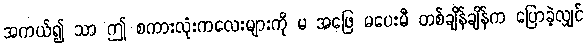
အကယ်၍ သာ ဤ စကားလုံးကလေးများကို မ အဖြေ မပေးမီ တစ်ချိန်ချိန်က ပြောခဲ့လျှင်